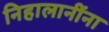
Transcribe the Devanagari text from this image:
निहालानींना